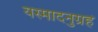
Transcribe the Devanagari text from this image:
यस्मादनुग्रहं